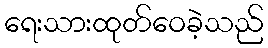
ရေးသားထုတ်ဝေခဲ့သည်